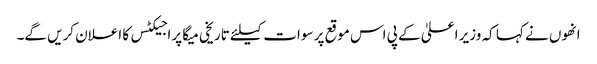
انھوں نے کہا کہ وزیر اعلیٰ کے پی اس موقع پر سوات کیلئے تاریخی میگا پراجیکٹس کا اعلان کریں گے۔